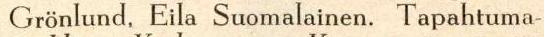
Grönlund, Eila Suomalainen. Tapahtuma